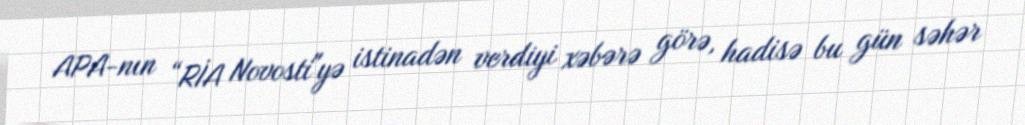
APA-nın “RİA Novosti"yə istinadən verdiyi xəbərə görə, hadisə bu gün səhər